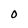
Character: O